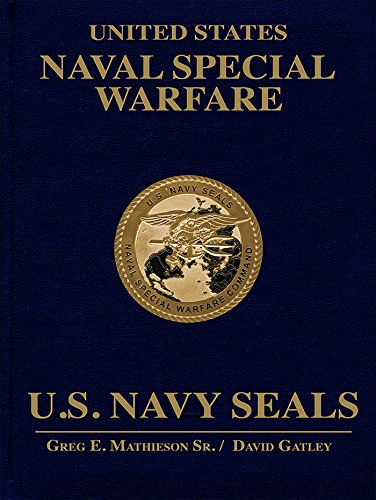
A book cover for United States Naval Special Warfare: U.S. Navy SEALs; Greg E. Mathieson Sr.; Arts & Photography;